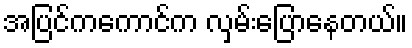
အပြင်ကကောင်က လှမ်းပြောနေတယ်။